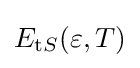
E_{\mathrm {t} S}(\varepsilon ,T)